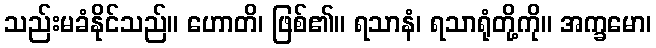
သည်းမခံနိုင်သည်။ ဟောတိ၊ ဖြစ်၏။ ရသာနံ၊ ရသာရုံတို့ကို။ အက္ခမော၊